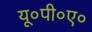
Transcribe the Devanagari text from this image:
यू०पी०ए०